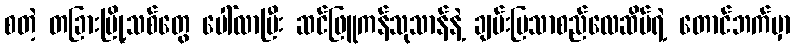
စတဲ့ တခြားမြို့သစ်တွေ ပေါ်လာပြီး ဆင်ဖြူကန်သုသာန်နဲ့ ချမ်းမြသာစည်လေဆိပ်ရဲ့ တောင်ဘက်မှာ